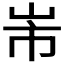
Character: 𭖐